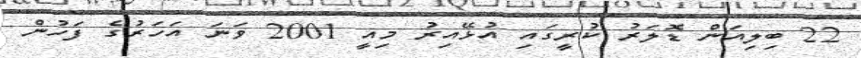
22 ބިލިއަން ޑޮލަރު ކުރީގައި އުޅޭއިރު މިއީ 2001 ވަނަ އަހަރުގެ ފަހުން